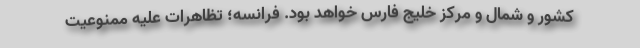
کشور و شمال و مرکز خلیج فارس خواهد بود. فرانسه؛ تظاهرات علیه ممنوعیت